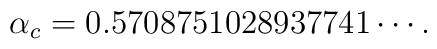
\alpha_c=0.5708751028937741\cdots.